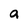
Character: a